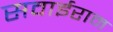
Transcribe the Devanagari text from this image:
सवाईराम